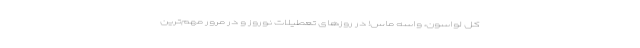
کلِ لواسون، واسه ماس! در روزهای تعطیلات نوروز و در مرور مهم‌ترین